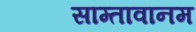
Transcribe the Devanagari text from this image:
साम्तावानम